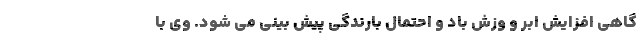
گاهی افزایش ابر و وزش باد و احتمال بارندگی پیش بینی می شود. وی با